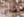
نغني